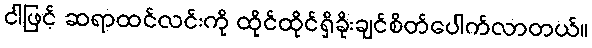
ငါဖြင့် ဆရာထင်လင်းကို ထိုင်ထိုင်ရှိခိုးချင်စိတ်ပေါက်လာတယ်။